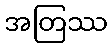
အတြဿ